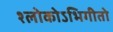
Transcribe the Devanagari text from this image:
श्लोकोऽभिगीतो